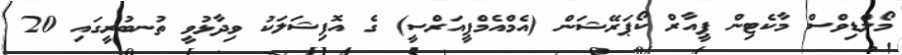
މޯލްޑިވްސް މާކެޓިން ޕީއާރް ކޯޕަރޭޝަން (އެމްއެމްޕީއަރްސީ) ގެ އޮފިޝަލަކު ވިދާޅުވީ ތުނބުރީގައި 20